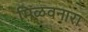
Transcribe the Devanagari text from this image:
मिळवनारा